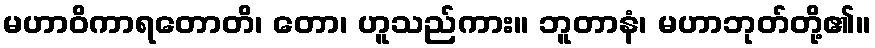
မဟာဝိကာရတောတိ၊ တော၊ ဟူသည်ကား။ ဘူတာနံ၊ မဟာဘုတ်တို့၏။